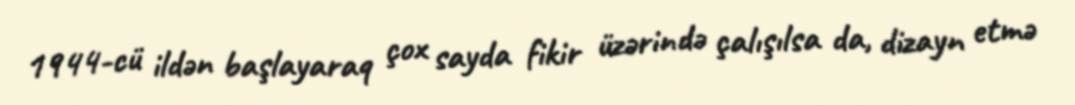
1944-cü ildən başlayaraq çox sayda fikir üzərində çalışılsa da, dizayn etmə